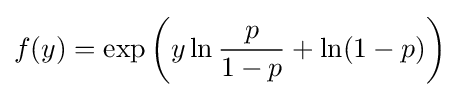
f(y)=\exp \left(y\ln {\frac {p}{1-p}}+\ln(1-p)\right)